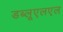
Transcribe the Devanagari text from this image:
डब्लूएलएल